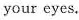
your eyes.